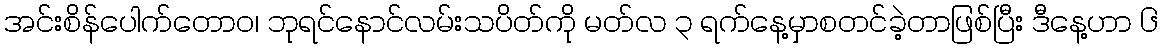
အင်းစိန်ပေါက်တောဝ၊ ဘုရင်နောင်လမ်းသပိတ်ကို မတ်လ ၃ ရက်နေ့မှာစတင်ခဲ့တာဖြစ်ပြီး ဒီနေ့ဟာ ၆